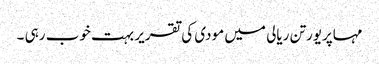
مہاپریورتن ریالی میں مودی کی تقریر بہت خوب رہی ۔